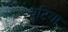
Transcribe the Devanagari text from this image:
चूटिया